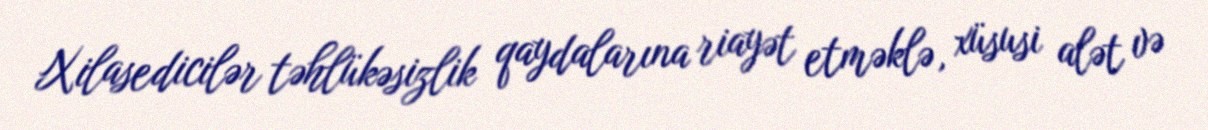
Xilasedicilər təhlükəsizlik qaydalarına riayət etməklə, xüsusi alət və